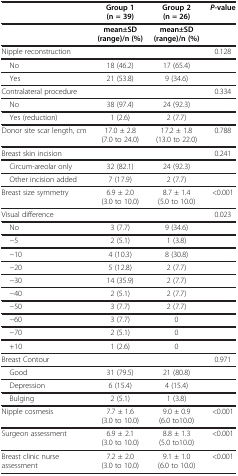
<table><thead><tr><td><b> </b></td><td><b>Group 1 (n = 39)</b></td><td><b>Group 2 (n = 26)</b></td><td><b><i>P</i>-value</b></td></tr></thead><tbody><tr><td> </td><td><b>mean±SD (range)/n (%)</b></td><td><b>mean±SD (range)/n (%)</b></td><td> </td></tr><tr><td>Nipple reconstruction</td><td> </td><td> </td><td>0.128</td></tr><tr><td> No</td><td>18 (46.2)</td><td>17 (65.4)</td><td> </td></tr><tr><td> Yes</td><td>21 (53.8)</td><td>9 (34.6)</td><td> </td></tr><tr><td>Contralateral procedure</td><td> </td><td> </td><td>0.334</td></tr><tr><td> No</td><td>38 (97.4)</td><td>24 (92.3)</td><td> </td></tr><tr><td> Yes (reduction)</td><td>1 (2.6)</td><td>2 (7.7)</td><td> </td></tr><tr><td>Donor site scar length, cm</td><td>17.0 ± 2.8 (7.0 to 24.0)</td><td>17.2 ± 1.8 (13.0 to 22.0)</td><td>0.788</td></tr><tr><td>Breast skin incision</td><td> </td><td> </td><td>0.241</td></tr><tr><td> Circum-areolar only</td><td>32 (82.1)</td><td>24 (92.3)</td><td> </td></tr><tr><td> Other incision added</td><td>7 (17.9)</td><td>2 (7.7)</td><td> </td></tr><tr><td>Breast size symmetry</td><td>6.9 ± 2.0 (3.0 to 10.0)</td><td>8.7 ± 1.4 (5.0 to 10.0)</td><td>&lt;0.001</td></tr><tr><td>Visual difference</td><td> </td><td> </td><td>0.023</td></tr><tr><td> No</td><td>3 (7.7)</td><td>9 (34.6)</td><td> </td></tr><tr><td> −5</td><td>2 (5.1)</td><td>1 (3.8)</td><td> </td></tr><tr><td> −10</td><td>4 (10.3)</td><td>8 (30.8)</td><td> </td></tr><tr><td> −20</td><td>5 (12.8)</td><td>2 (7.7)</td><td> </td></tr><tr><td> −30</td><td>14 (35.9)</td><td>2 (7.7)</td><td> </td></tr><tr><td> −40</td><td>2 (5.1)</td><td>2 (7.7)</td><td> </td></tr><tr><td> −50</td><td>3 (7.7)</td><td>2 (7.7)</td><td> </td></tr><tr><td> −60</td><td>3 (7.7)</td><td>0</td><td> </td></tr><tr><td> −70</td><td>2 (5.1)</td><td>0</td><td> </td></tr><tr><td> +10</td><td>1 (2.6)</td><td>0</td><td> </td></tr><tr><td>Breast Contour</td><td> </td><td> </td><td>0.971</td></tr><tr><td> Good</td><td>31 (79.5)</td><td>21 (80.8)</td><td> </td></tr><tr><td> Depression</td><td>6 (15.4)</td><td>4 (15.4)</td><td> </td></tr><tr><td> Bulging</td><td>2 (5.1)</td><td>1 (3.8)</td><td> </td></tr><tr><td>Nipple cosmesis</td><td>7.7 ± 1.6 (3.0 to 10.0)</td><td>9.0 ± 0.9 (6.0 to10.0)</td><td>&lt;0.001</td></tr><tr><td>Surgeon assessment</td><td>6.9 ± 2.1 (3.0 to 10.0)</td><td>8.8 ± 1.3 (5.0 to10.0)</td><td>&lt;0.001</td></tr><tr><td>Breast clinic nurse assessment</td><td>7.2 ± 2.0 (3.0 to 10.0)</td><td>9.1 ± 1.0 (6.0 to 10.0)</td><td>&lt;0.001</td></tr></tbody></table>